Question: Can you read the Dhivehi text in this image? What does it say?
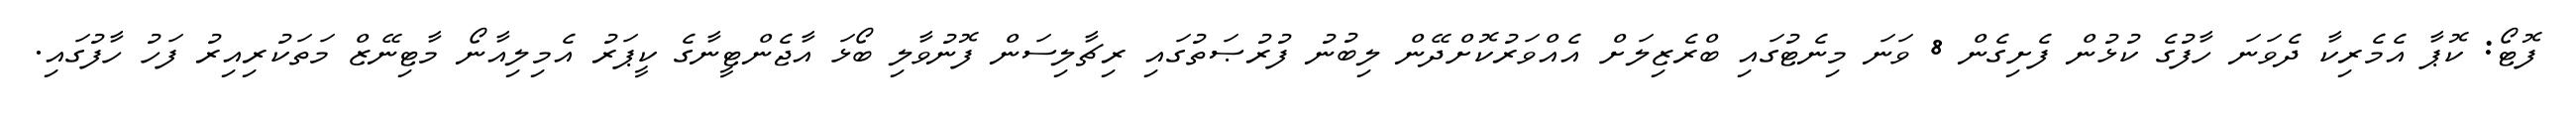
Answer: ފޮޓޯ: ކޮޕާ އެމެރިކާ ދެވަނަ ހާފުގެ ކުޅުން ފެށިގެން 8 ވަނަ މިނެޓުގައި ބްރެޒިލަށް އެއްވަރުކޮށްދޭން ލިބުނު ފުރުޞަތުގައި ރިޗާލިސަން ފޮނުވާލި ބޯޅަ އާޖެންޓީނާގެ ކީޕަރު އެމިލިއާނޯ މާޓިނޭޒް މަތަކުރިއިރު ފަހު ހާފުގައި.